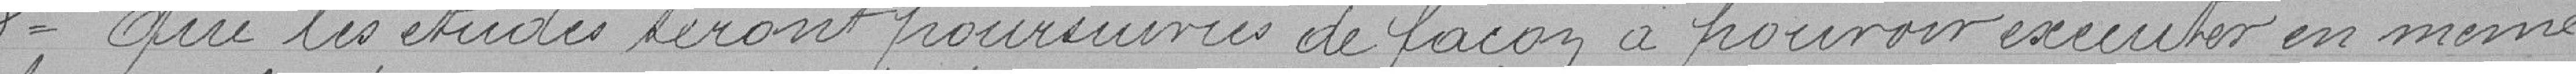
3° Que les études seront poursuivies de façon à pouvoir exécuter en même